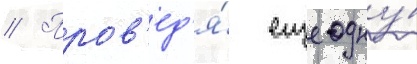
// Пров'ед'я́ еще одну́